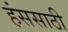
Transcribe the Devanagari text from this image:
हंससाठी